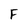
Character: F